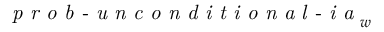
\textit { p r o b - u n c o n d i t i o n a l - i a } _ { w }